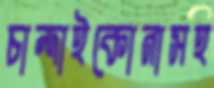
চান্দাইকোনাসহ